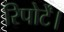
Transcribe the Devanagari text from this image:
रिपोर्टें।